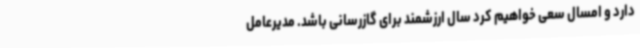
دارد و امسال سعی خواهیم کرد سال ارزشمند برای گازرسانی باشد. مدیرعامل